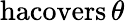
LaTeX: \operatorname{hacovers}\theta